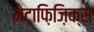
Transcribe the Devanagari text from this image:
मेटाफ़िज़िक्स